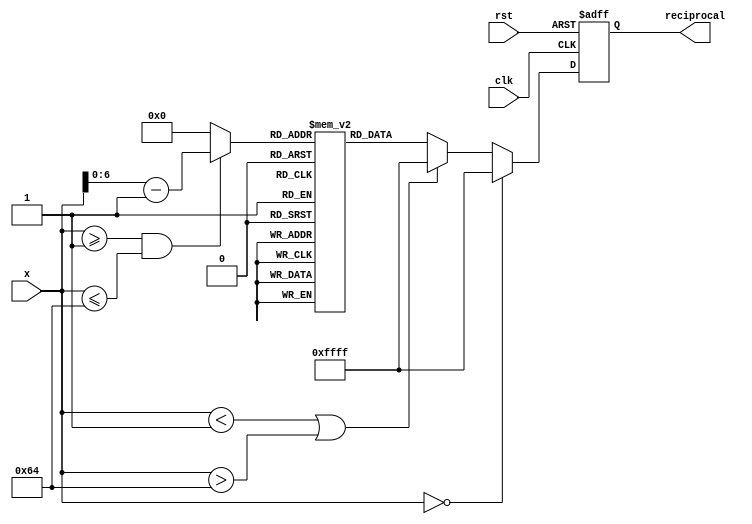
module lut_reciprocal (
    input wire [7:0] x,            // 8-bit input value (fixed-point representation)
    output reg [15:0] reciprocal,   // 16-bit output value (fixed-point representation)
    input wire clk,                 // Clock signal
    input wire rst                  // Reset signal
);

    // Define the size of the LUT
    parameter LUT_SIZE = 100;      // Number of entries in the LUT
    reg [15:0] lut [0:LUT_SIZE-1]; // LUT for storing reciprocal values

    // Initialize the LUT with pre-computed reciprocal values
    initial begin
        // Populate the LUT with reciprocal values for 1.00 to 2.00 with step 0.01
        // Example values, you would fill this with actual reciprocal values
        lut[0] = 16'hFFFF; // Undefined for 0
        lut[1] = 16'h8000; // 1.00 -> 1.00
        lut[2] = 16'h3D70; // 1.01 -> 0.9901
        lut[3] = 16'h3C00; // 1.02 -> 0.9804
        // ... Fill in the rest of the LUT ...
        lut[99] = 16'h3C00; // 1.99 -> 0.5025
    end

    // Index calculation for the LUT
    wire [6:0] index; // 7 bits to index into 100 entries
    assign index = (x >= 8'h01 && x <= 8'h64) ? (x - 8'h01) : 7'b0; // Map x to LUT index

    // Output logic
    always @(posedge clk or posedge rst) begin
        if (rst) begin
            reciprocal <= 16'h0000; // Reset output
        end else begin
            if (x == 8'h00) begin
                reciprocal <= 16'hFFFF; // Undefined for zero input
            end else if (x < 8'h01 || x > 8'h64) begin
                reciprocal <= 16'hFFFF; // Out of range handling
            end else begin
                reciprocal <= lut[index]; // Retrieve reciprocal from LUT
            end
        end
    end

endmodule